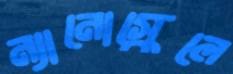
ন্যানোস্কেলে